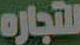
للتجاره